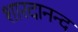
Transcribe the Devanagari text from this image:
शारदानन्द